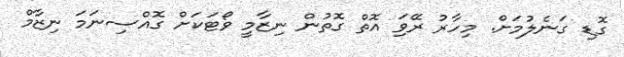
ގޮޑި ގަނެލުމަށް. މިހާރު ރޭވިަ އޮތް ގޮތުން ނިޒާމީ ވޯޓަކަށް ގޮއްސިނަމަ ނިޒާމް